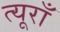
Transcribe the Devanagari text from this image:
त्यूराँ